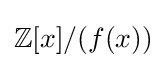
\mathbb {Z} [x]/(f(x))